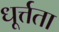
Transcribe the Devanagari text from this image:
धूर्त्तता